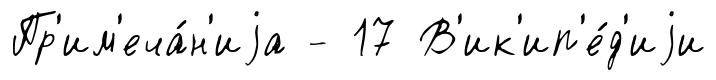
Пр'им'еча́н'иjа - 17 В'ик'ип'е́д'иjи